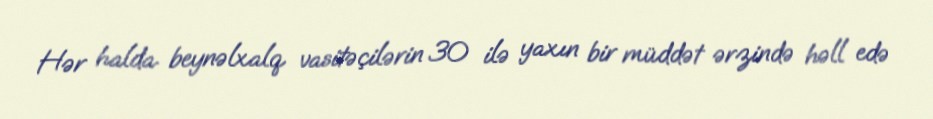
Hər halda beynəlxalq vasitəçilərin 30 ilə yaxın bir müddət ərzində həll edə